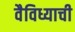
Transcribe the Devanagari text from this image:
वैविध्याची